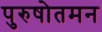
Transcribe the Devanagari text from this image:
पुरुषोतमन